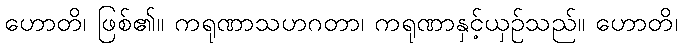
ဟောတိ၊ ဖြစ်၏။ ကရုဏာသဟဂတာ၊ ကရုဏာနှင့်ယှဉ်သည်။ ဟောတိ၊